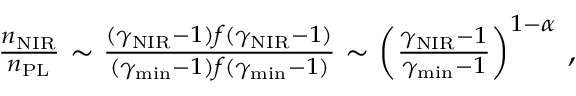
\begin{array} { r } { \frac { n _ { \mathrm { N I R } } } { n _ { \mathrm { P L } } } \sim \frac { ( \gamma _ { \mathrm { N I R } } - 1 ) f ( \gamma _ { \mathrm { N I R } } - 1 ) } { ( \gamma _ { \mathrm { m i n } } - 1 ) f ( \gamma _ { \mathrm { m i n } } - 1 ) } \sim \left( \frac { \gamma _ { \mathrm { N I R } } - 1 } { \gamma _ { \mathrm { m i n } } - 1 } \right) ^ { 1 - \alpha } \, , } \end{array}